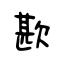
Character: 歁